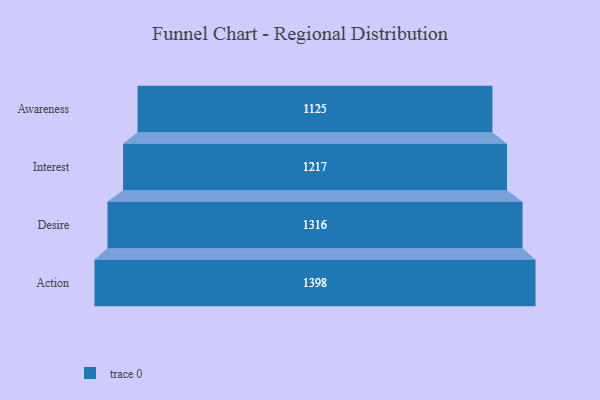
{"axis": {"x": "Stage", "y": "Value"}, "legend": [""], "data": [{"x": "Awareness", "y": 1125.0, "type": ""}, {"x": "Interest", "y": 1217.0, "type": ""}, {"x": "Desire", "y": 1316.0, "type": ""}, {"x": "Action", "y": 1398.0, "type": ""}]}